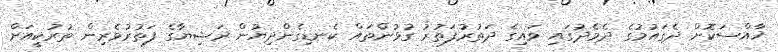
ޚާއްސަކޮށް ދެގައުމުގެ ދެމެދުގައި ވައިގެ ދަތުރުފަތުރު ގުޅުންތައް ކެނޑިގެންދިޔުން ރަޝިޔާގެ ފަތުރުވެރިން ތުރުކީއަށް